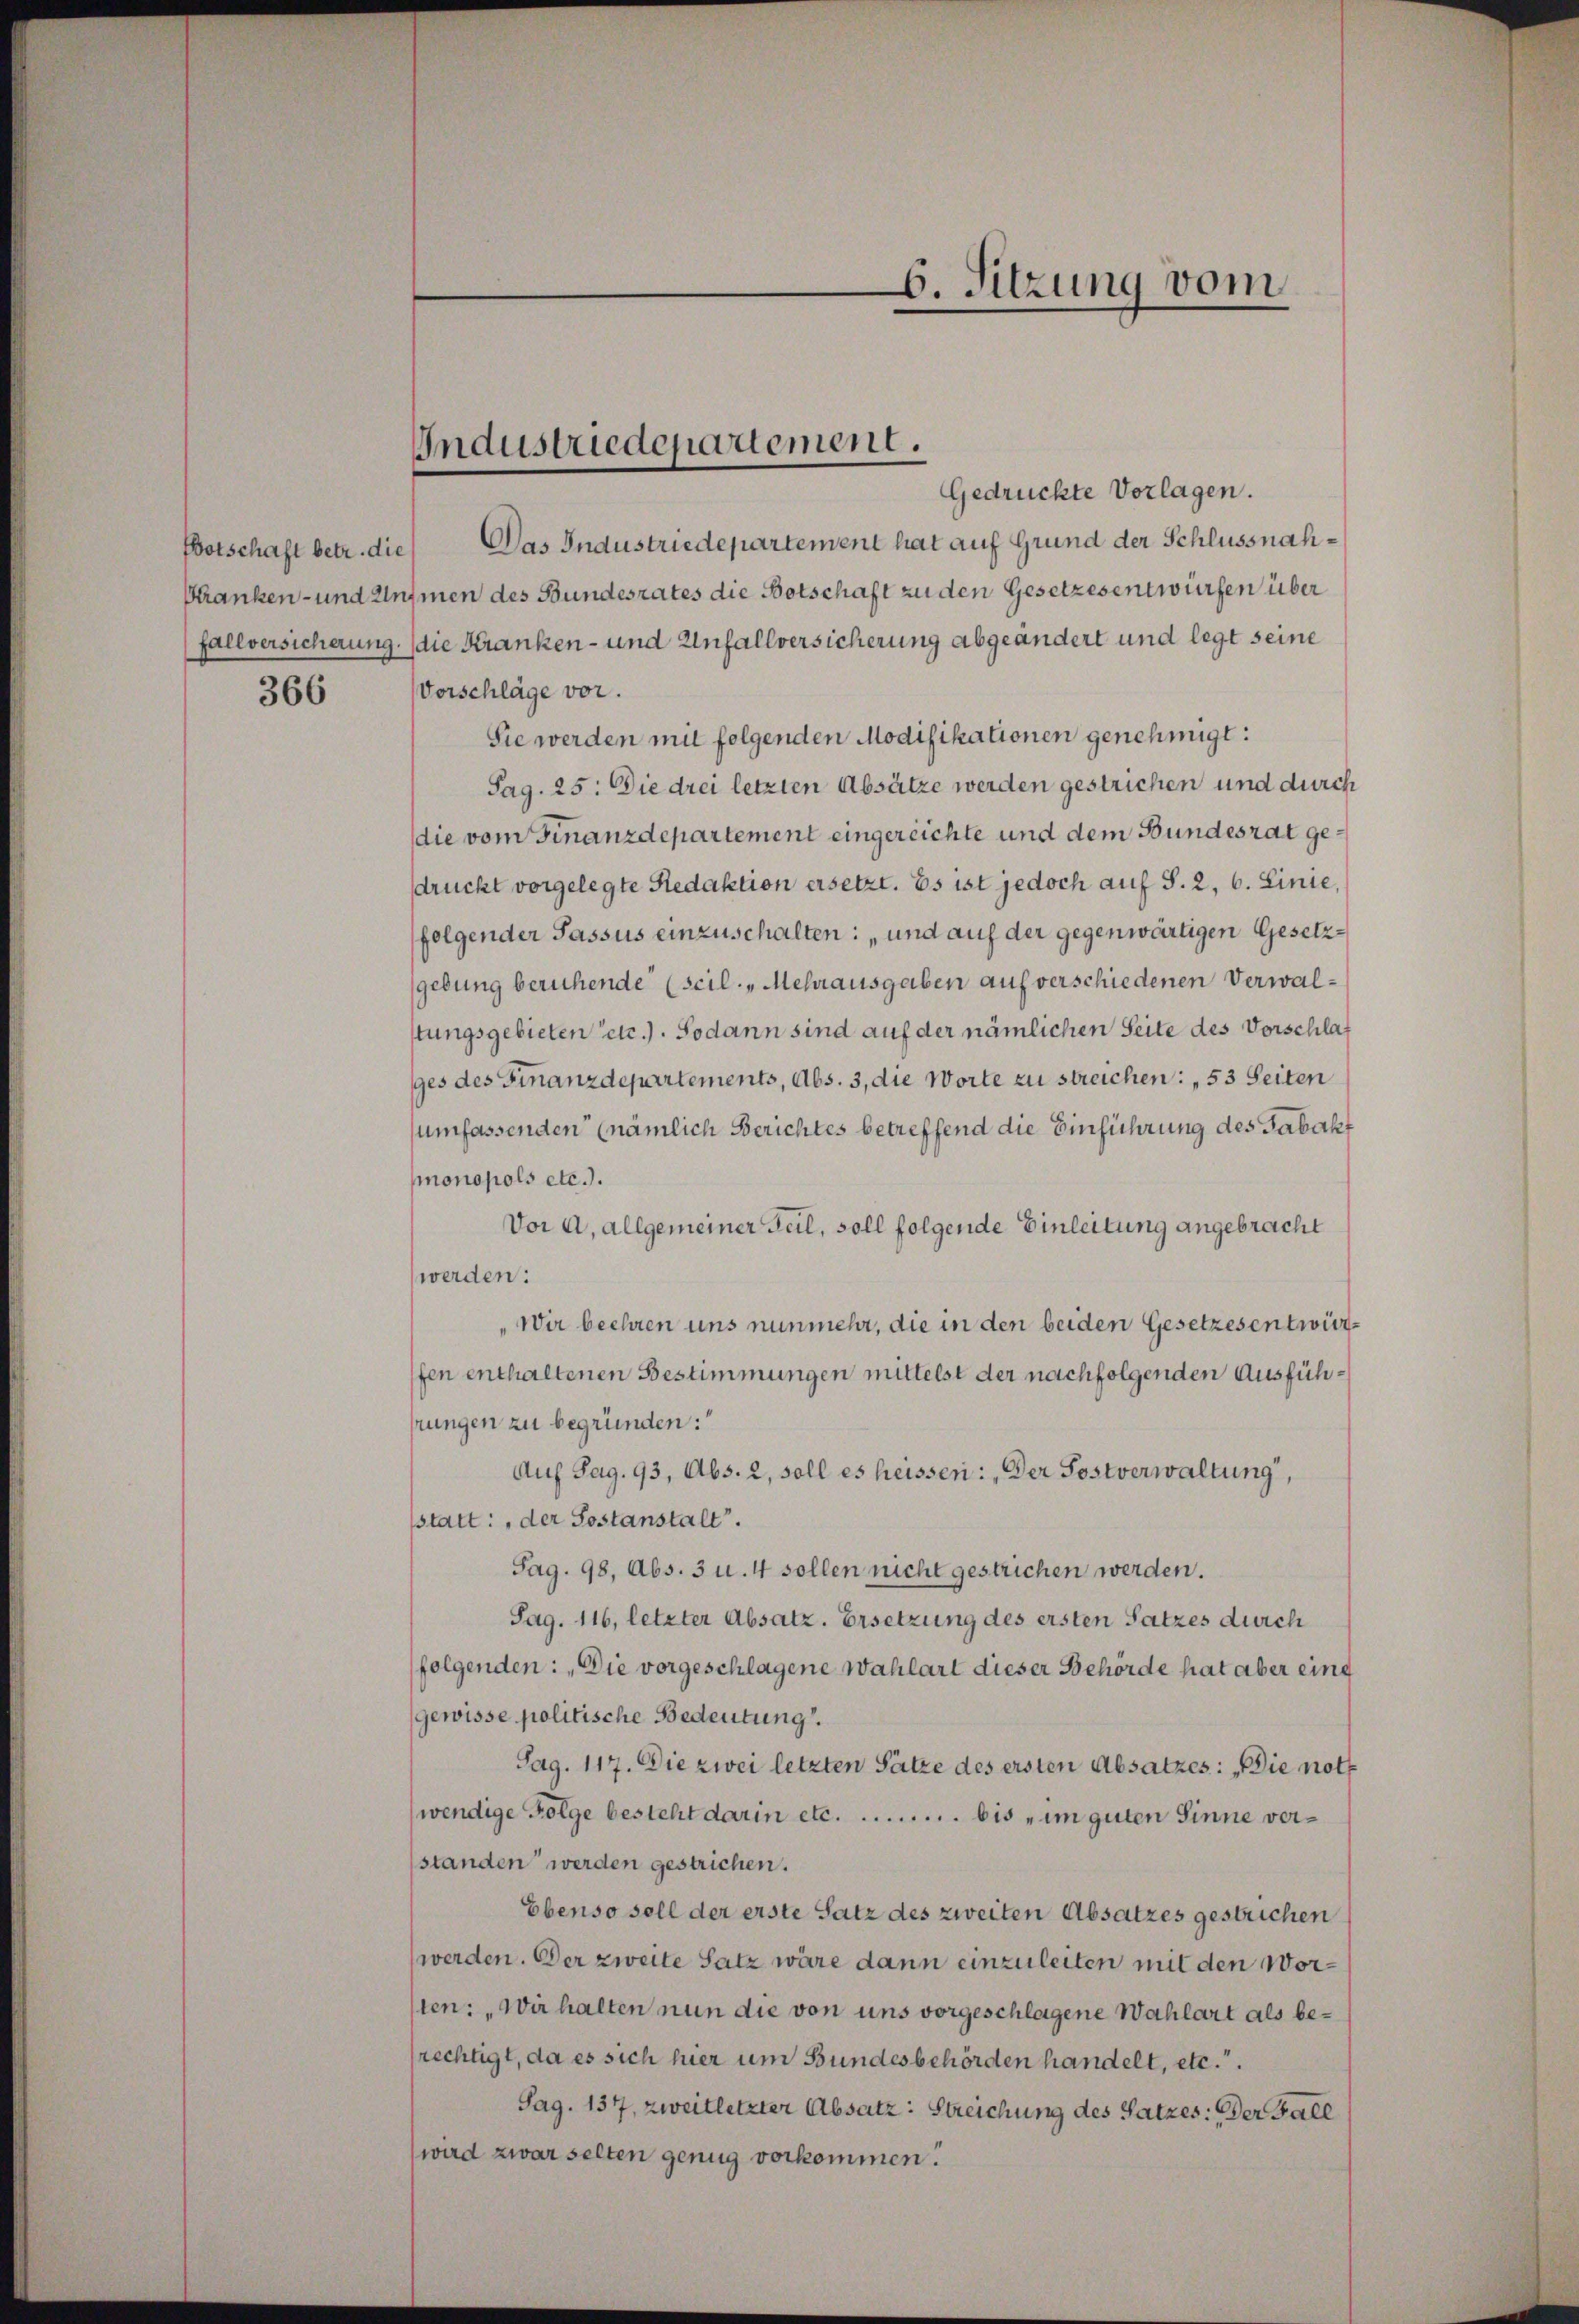
fallversicherung.
366

Industriedenartement.

Botschaft betr. die Das Industriedepartement hat auf Grund der Schlussnah¬

6. Sitzung vom

Gedrückte Vorlagen.
Shranken- und Unhmen des Bundesrates die Botschaft zu den Gesetzesentwürfen über
die Kranken- und Unfallversicherung abgeändert und legt seine
Vorschläge vor.
Sie werden mit folgenden Modifikationen genehmigt:
Pag. 25. Die drei letzten Absätze werden gestrichen und durch
die vom Finanzdepartement eingereichte und dem Bundesrat gesdruckt vorgelegte Redaktion ersetzt. Es ist jedoch auf S. 2, 6. Linie,
folgender Passus einzuschalten: „und auf der gegenwärtigen Gesetzgebung beruhende (scil. „Mehrausgaben auf verschiedenen Verwalstungsgebieten etc.). Sodann sind auf der nämlichen Seite des Vorschlaf
gges des Finanzdepartements, Abs. 3, die Worte zu streichen: „53 Seiten
umfassenden (nämlich Berichtes betreffend die Einführung des Tabakt
monopols etc.).
Vor A. allgemeiner Guil, soll folgende Einleitung angebracht
werden:
„Wir beehren uns nunmehr, die in den beiden Gesetzesentwürfen enthaltenen Bestimmungen mittelst der nachfolgenden Ausfühhrungen zu begründen:
Auf Sag. 93, Abs. 2, soll es heissen: „Der Postverwaltung,
sstatt: „der Sostanstalt.
Pag. 98, Abs. 3 u. 4 sollen nicht gestrichen werden.
Sag. 116, letzter Absatz. Ersetzung des ersten Satzes durch
folgenden: „Die vorgeschlagene Wahlart dieser Behörde hat aber eing
gewisse politische Bedeutung.
Sag. 117. Die zwei letzten Sätze des ersten Absatzes: „Die noth
wendige Folge besteht darin etc. ............... bis im guten Sinne verstanden werden gestrichen.
Ebenso soll der erste Satz des zweiten Absatzes gestrichen
werden. Der zweite Satz wäre dann einzuleiten mit den Worsten: „Wir halten nun die von uns vorgeschlagene Wahlart als berechtigt, da es sich hier um Bundesbehörden handelt, etc.“
Sag. 137, zweitletzter Absatz: Streichung des Satzes: Der Fall
wird zwar selten genug vorkommen.